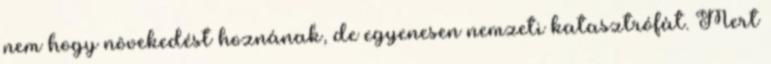
nem hogy növekedést hoznának, de egyenesen nemzeti katasztrófát. Mert